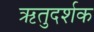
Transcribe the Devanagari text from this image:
ऋतुदर्शक